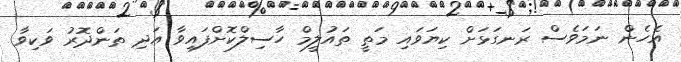
އެހެން ނަމަވެސް ރަނގަޅަށް ކިޔަވައި މަތީ ތައުލީމް ހާސިލްކޮށްފައިވާ އަދި ތަންދޮރު ވަކިވާ